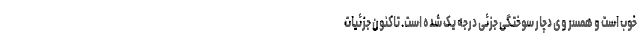
خوب است و همسر وی دچار سوختگی جزئی درجه یک شده است. تاکنون جزئیات